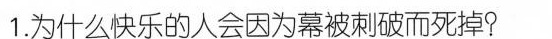
1.为什么快乐的人会因为幕被刺破而死掉?